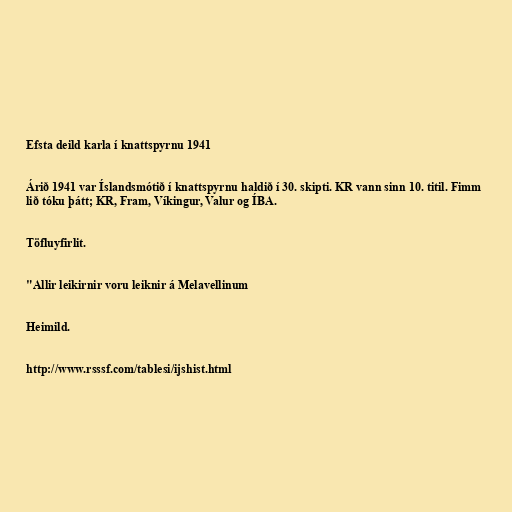
Efsta deild karla í knattspyrnu 1941

Árið 1941 var Íslandsmótið í knattspyrnu haldið í 30. skipti. KR vann sinn 10. titil. Fimm
lið tóku þátt; KR, Fram, Víkingur, Valur og ÍBA.

Töfluyfirlit.

"Allir leikirnir voru leiknir á Melavellinum

Heimild.

http://www.rsssf.com/tablesi/ijshist.html